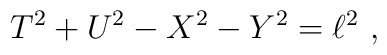
T^2 + U^2 -X^2 -Y^2 = \ell^2 \ ,